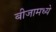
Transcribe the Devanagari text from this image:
बीजामध्ये